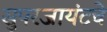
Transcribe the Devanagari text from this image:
सुपरजायंटचे